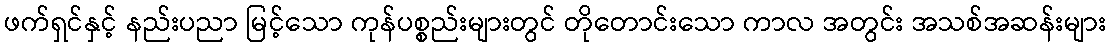
ဖက်ရှင်နှင့် နည်းပညာ မြင့်သော ကုန်ပစ္စည်းများတွင် တိုတောင်းသော ကာလ အတွင်း အသစ်အဆန်းများ